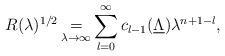
LaTeX: \begin{align*} R(\lambda)^{1/2}\mathop{=}\limits_{\lambda\rightarrow\infty}\sum_{l=0}^{\infty}{c}_{l-1}(\underline{\Lambda})\lambda^{n+1-l},\end{align*}